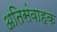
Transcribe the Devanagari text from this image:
अतिसंवाहक